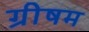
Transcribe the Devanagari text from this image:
ग्रीषम